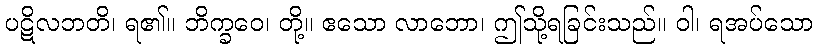
ပဋိလဘတိ၊ ရ၏။ ဘိက္ခဝေ၊ တို့။ ဧသော လာဘော၊ ဤသို့ရခြင်းသည်။ ဝါ၊ ရအပ်သော